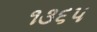
૧૩૬૫